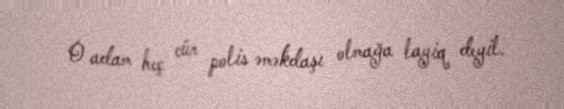
O adam heç cür polis əməkdaşı olmağa layiq deyil.